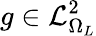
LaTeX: g\in\mathcal L_{\Omega_{L}}^{2}